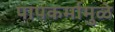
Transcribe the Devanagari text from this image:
पापकर्मामुळे